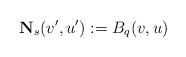
LaTeX: \begin{align*}\textbf{N}_{s}(v',u'):=B_{q}(v,u)\end{align*}